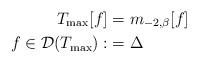
LaTeX: \begin{align*}T_{\max}[f] & =m_{-2,\beta}[f]\\f\in\mathcal{D}(T_{\max}) : & =\Delta\end{align*}